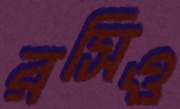
রসিও